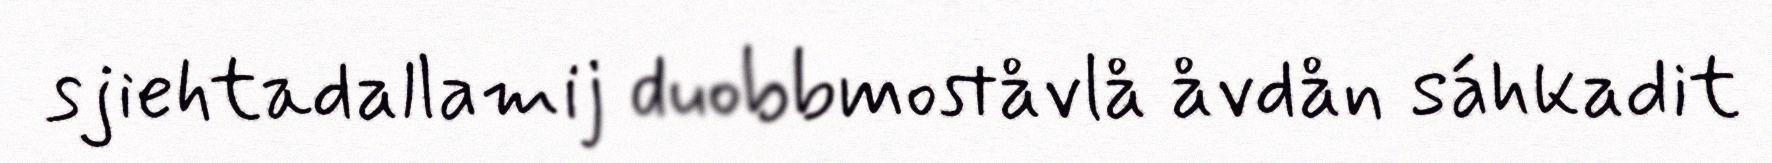
sjiehtadallamij duobbmoståvlå åvdån sáhkadit